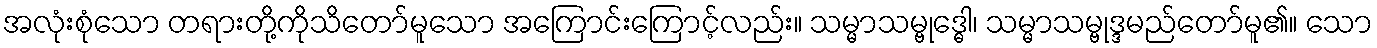
အလုံးစုံသော တရားတို့ကိုသိတော်မူသော အကြောင်းကြောင့်လည်း။ သမ္မာသမ္ဗုဒ္ဓေါ၊ သမ္မာသမ္ဗုဒ္ဒမည်တော်မူ၏။ သော